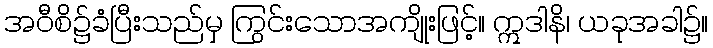
အဝီစိ၌ခံပြီးသည်မှ ကြွင်းသောအကျိုးဖြင့်။ ဣဒါနိ၊ ယခုအခါ၌။